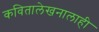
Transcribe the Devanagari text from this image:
कवितालेखनालाही